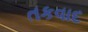
તકવાદ